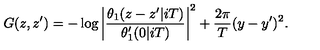
G ( z , z ^ { \prime } ) = - \log \left| \frac { \theta _ { 1 } ( z - z ^ { \prime } | i T ) } { \theta _ { 1 } ^ { \prime } ( 0 | i T ) } \right| ^ { 2 } + \frac { 2 \pi } { T } ( y - y ^ { \prime } ) ^ { 2 } .